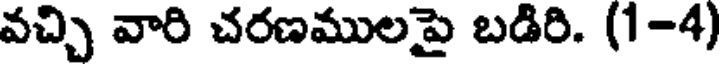
వచ్చి వారి చరణములపై బడిరి. (1-4)